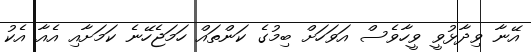
އޭނާ ވިދާޅުވީ ވީހާވެސް އަވަހަށް ބިމުގެ ކަންތައް ހަމަޖެހޭނެ ކަމަށާއި އެއާ އެކު